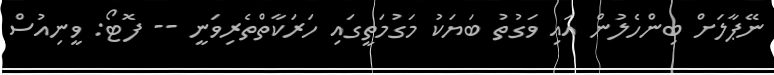
ނޭޕާލަށް ބިންހެލުން އައި ވަގުތު ބަޔަކު މަގުމަތީގައި ހަރަކާތްތެރިވަނީ -- ފޮޓޯ: ވީނިއުސް